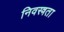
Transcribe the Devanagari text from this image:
निवस्त्रता